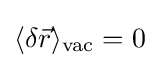
\langle \delta {\vec {r}}\rangle _{\rm {vac}}=0